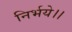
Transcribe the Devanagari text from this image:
निर्भये।।